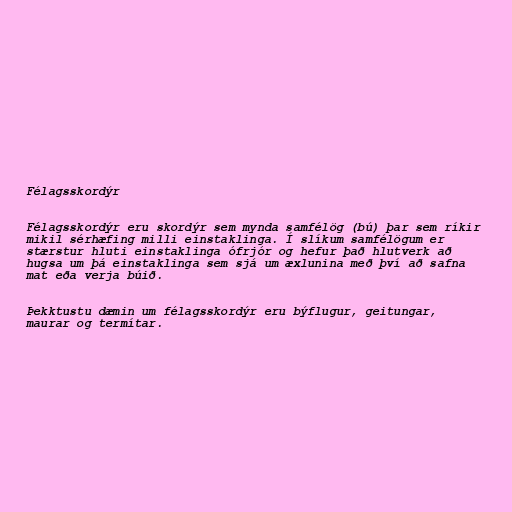
Félagsskordýr

Félagsskordýr eru skordýr sem mynda samfélög (bú) þar sem ríkir
mikil sérhæfing milli einstaklinga. Í slíkum samfélögum er
stærstur hluti einstaklinga ófrjór og hefur það hlutverk að
hugsa um þá einstaklinga sem sjá um æxlunina með því að safna
mat eða verja búið.

Þekktustu dæmin um félagsskordýr eru býflugur, geitungar,
maurar og termítar.